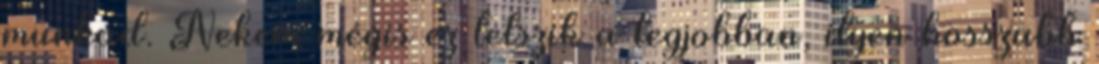
munkád. Nekem mégis ez tetszik a legjobban, ilyen hosszabb